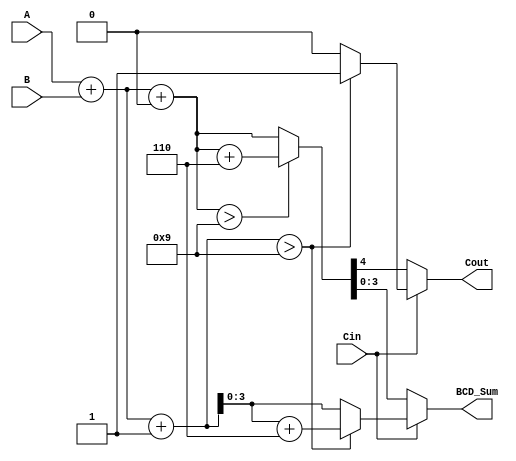
module BCD_Carry_Select_Adder (
    input [3:0] A,      // BCD digit A
    input [3:0] B,      // BCD digit B
    input Cin,          // Input carry
    output reg [3:0] BCD_Sum, // BCD Sum output
    output reg Cout     // Carry output
);

    wire [4:0] sum0; // Sum when Cin = 0
    wire [4:0] sum1; // Sum when Cin = 1
    wire [4:0] corrected_sum; // Corrected sum after BCD adjustment

    // Initial binary addition for both cases
    assign sum0 = A + B + 1'b0; // Sum when Cin = 0
    assign sum1 = A + B + 1'b1; // Sum when Cin = 1

    // BCD correction logic: add 6 if the sum is greater than 9
    assign corrected_sum = (sum0 > 5'd9) ? (sum0 + 5'd6) : sum0;

    always @(*) begin
        if (Cin) begin
            // Use sum1 and check for BCD correction
            BCD_Sum = (sum1 > 5'd9) ? (sum1 + 5'd6) : sum1;
            Cout = (sum1 > 5'd9) ? 1'b1 : 1'b0;
        end else begin
            // Use sum0 and check for BCD correction
            BCD_Sum = corrected_sum[3:0]; // Use the corrected sum
            Cout = corrected_sum[4]; // Carry out is the 5th bit
        end
    end

endmodule